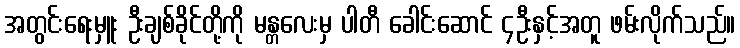
အတွင်းရေးမှူး ဦးချစ်ခိုင်တို့ကို မန္တလေးမှ ပါတီ ခေါင်းဆောင် ၄ဦးနှင့်အတူ ဖမ်းလိုက်သည်။